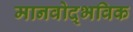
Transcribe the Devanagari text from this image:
मानवोद्भविक